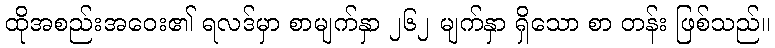
ထိုအစည်းအဝေး၏ ရလဒ်မှာ စာမျက်နှာ ၂၆၂ မျက်နှာ ရှိသော စာ တန်း ဖြစ်သည်။